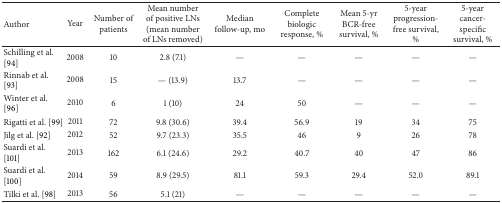
<table><thead><tr><td><b>Author</b></td><td><b>Year</b></td><td><b>Number of patients </b></td><td><b>Mean number of positive LNs (mean number of LNs removed)</b></td><td><b>Median follow-up, mo</b></td><td><b>Complete biologic response, %</b></td><td><b>Mean 5-yr BCR-free survival, %</b></td><td><b>5-year progression-free survival, %</b></td><td><b>5-year cancer-specific survival, %</b></td></tr></thead><tbody><tr><td>Schilling et al. [94]</td><td>2008</td><td>10 </td><td>2.8 (7.1)</td><td>—</td><td>—</td><td>—</td><td>—</td><td>—</td></tr><tr><td>Rinnab et al. [93]</td><td>2008</td><td>15</td><td>— (13.9)</td><td>13.7</td><td>—</td><td>—</td><td>—</td><td>—</td></tr><tr><td>Winter et al. [96]</td><td>2010</td><td>6</td><td>1 (10)</td><td>24</td><td>50</td><td>—</td><td>—</td><td>—</td></tr><tr><td>Rigatti et al. [99]</td><td>2011</td><td>72</td><td>9.8 (30.6)</td><td>39.4</td><td>56.9</td><td>19</td><td>34</td><td>75</td></tr><tr><td>Jilg et al. [92]</td><td>2012</td><td>52</td><td>9.7 (23.3)</td><td>35.5</td><td>46</td><td>9</td><td>26</td><td>78</td></tr><tr><td>Suardi et al. [101]</td><td>2013</td><td>162</td><td>6.1 (24.6)</td><td>29.2</td><td>40.7</td><td>40</td><td>47</td><td>86</td></tr><tr><td>Suardi et al. [100]</td><td>2014</td><td>59</td><td>8.9 (29.5)</td><td>81.1</td><td>59.3</td><td>29.4</td><td>52.0</td><td>89.1</td></tr><tr><td>Tilki et al. [98]</td><td>2013</td><td>56</td><td>5.1 (21)</td><td>—</td><td>—</td><td>—</td><td>—</td><td>—</td></tr></tbody></table>